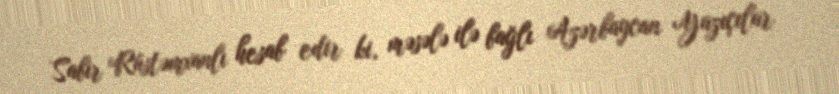
Sabir Rüstəmxanlı hesab edir ki, məsələ ilə bağlı Azərbaycan Yazıçılar